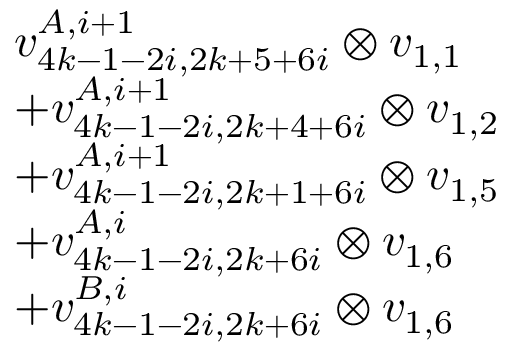
\begin{array} { r l } & { v _ { 4 k - 1 - 2 i , 2 k + 5 + 6 i } ^ { A , i + 1 } \otimes v _ { 1 , 1 } } \\ & { + v _ { 4 k - 1 - 2 i , 2 k + 4 + 6 i } ^ { A , i + 1 } \otimes v _ { 1 , 2 } } \\ & { + v _ { 4 k - 1 - 2 i , 2 k + 1 + 6 i } ^ { A , i + 1 } \otimes v _ { 1 , 5 } } \\ & { + v _ { 4 k - 1 - 2 i , 2 k + 6 i } ^ { A , i } \otimes v _ { 1 , 6 } } \\ & { + v _ { 4 k - 1 - 2 i , 2 k + 6 i } ^ { B , i } \otimes v _ { 1 , 6 } } \end{array}